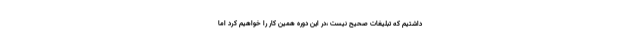
داشتیم که تبلیغات صحیح نیست ،در این دوره همین کار را خواهیم کرد اما